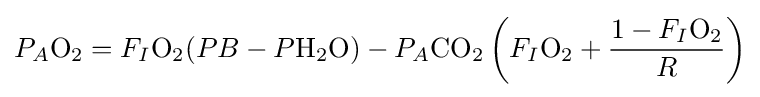
P_{A}{\ce {O2}}=F_{I}{\ce {O2}}(PB-P{\ce {H2O}})-P_{A}{\ce {CO2}}\left(F_{I}{\ce {O2}}+{\frac {1-F_{I}{\ce {O2}}}{R}}\right)